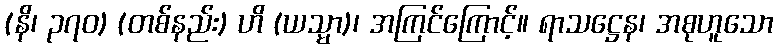
(နိ၊ ၃၇၀) (တစ်နည်း) ဟိ (ယသ္မာ)၊ အကြင်ကြောင့်။ ရာသဋ္ဌေန၊ အစုဟူသော